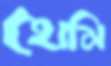
হোমি